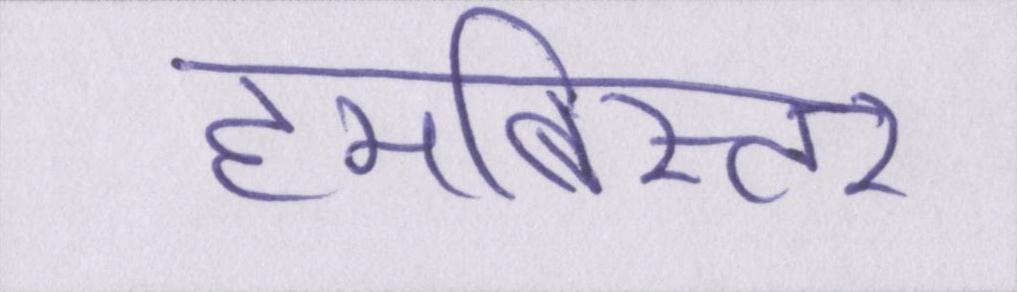
हमबिस्तर